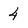
Character: 4